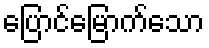
ပြောင်မြောက်သော